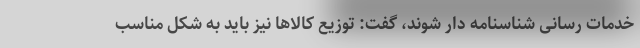
خدمات رسانی شناسنامه دار شوند، گفت: توزیع کالاها نیز باید به شکل مناسب